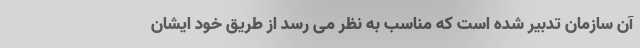
آن سازمان تدبیر شده است که مناسب به نظر می رسد از طریق خود ایشان